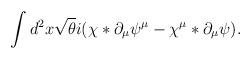
LaTeX: \begin{align*}\int d^2x \sqrt{\theta}i(\chi\ast\partial_{\mu}\psi^{\mu} -\chi^{\mu}\ast\partial_{\mu}\psi) .\end{align*}